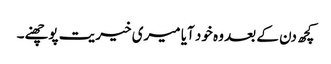
کچھ دن کے بعد وہ خود آیا میری خیریت پوچھنے۔